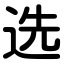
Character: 选